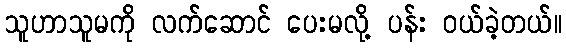
သူဟာသူမကို လက်ဆောင် ပေးမလို့ ပန်း ဝယ်ခဲ့တယ်။